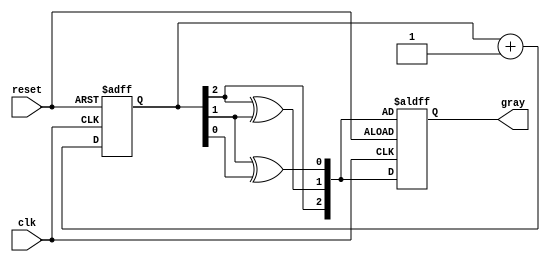
module gray_code_async_counter (
    input wire clk,          // Clock input
    input wire reset,        // Asynchronous reset
    output reg [2:0] gray    // 3-bit Gray Code output
);

// Internal signals for the binary representation
reg [2:0] binary;

// Combinational logic to convert binary to Gray Code
function [2:0] binary_to_gray;
    input [2:0] bin;
    begin
        binary_to_gray = {bin[2], bin[2] ^ bin[1], bin[1] ^ bin[0]};
    end
endfunction

// Asynchronous reset and state transition
always @(posedge clk or posedge reset) begin
    if (reset) begin
        // Reset to 000 in Gray Code (which is 0 in binary)
        binary <= 3'b000;
        gray <= binary_to_gray(binary);
    end else begin
        // Increment the binary counter
        binary <= binary + 1;
        // Update the Gray Code output
        gray <= binary_to_gray(binary);
    end
end

endmodule